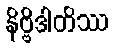
နိဗ္ဗိဒါတိဿ